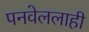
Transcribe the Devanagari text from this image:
पनवेललाही